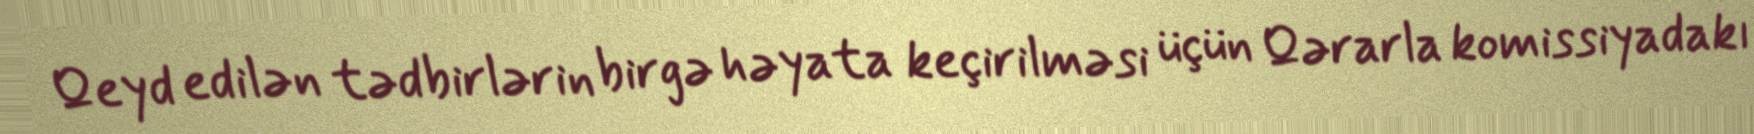
Qeyd edilən tədbirlərin birgə həyata keçirilməsi üçün Qərarla komissiyadakı